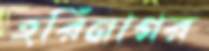
হরিনাগর